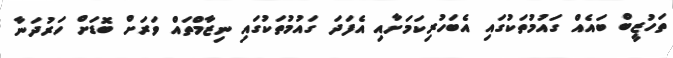
ތަހުޒީބް ބައެއް ގައުމުތަކުގައި އެބަހުރިކަމަށާއި އެފަދަ ގައުމުތަކުގައި ނިޒާމްތައް ވަރަށް ބޮޑަށް ހަރުދަނާ